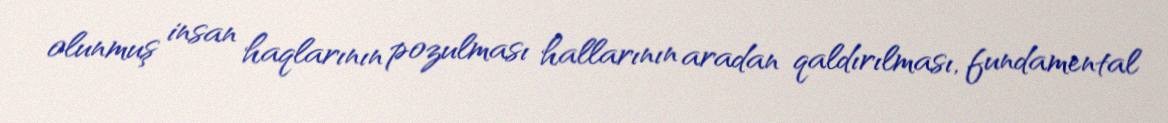
olunmuş insan haqlarının pozulması hallarının aradan qaldırılması, fundamental